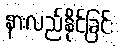
နားလည်နိုင်ခြင်း